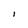
Character: I